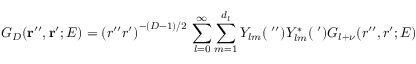
G _ { D } ( { \bf r ^ { \prime \prime } } , { \bf r ^ { \prime } } ; E ) = \left( r ^ { \prime \prime } r ^ { \prime } \right) ^ { - ( D - 1 ) / 2 } \, \sum _ { l = 0 } ^ { \infty } \sum _ { m = 1 } ^ { d _ { l } } Y _ { l m } ( { \bf \Omega ^ { \prime \prime } } ) Y _ { l m } ^ { * } ( { \bf \Omega ^ { \prime } } ) G _ { l + \nu } ( r ^ { \prime \prime } , r ^ { \prime } ; E ) \;